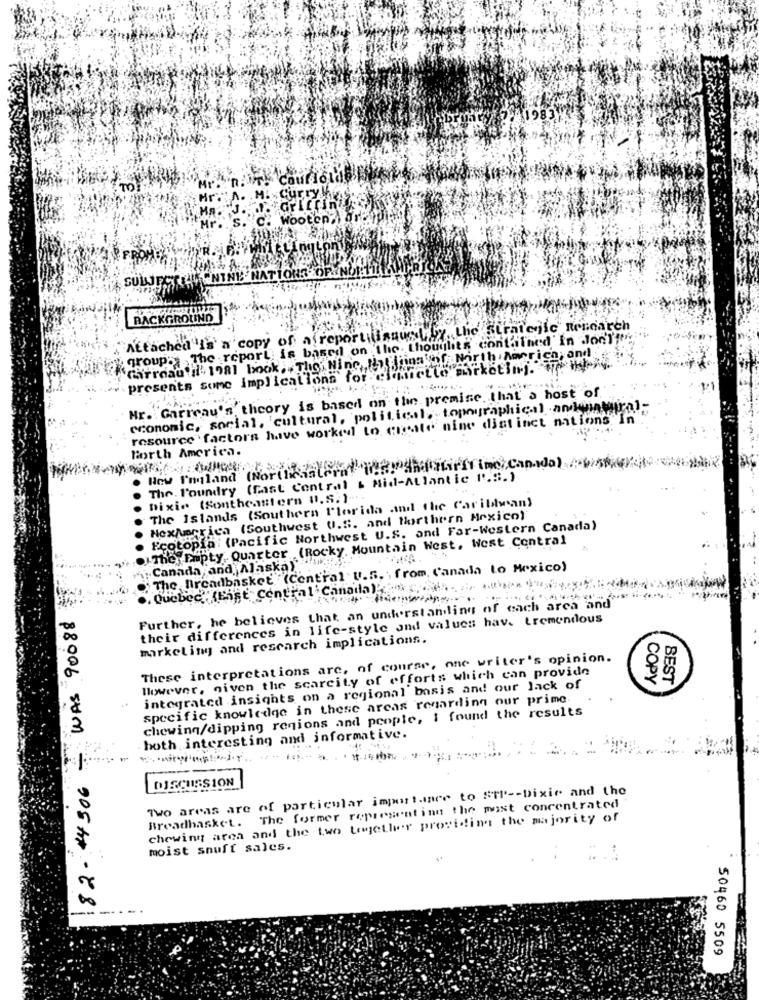
TO
SUBJECTLA "NINE NATIONS
BACKGRO
TROLIND
Attached is a copy of a reportilissued by the Stratejic Research
group> The report: is based on the Lhouilits contained'in Jon !!!
"Garraau d' 1981 book ,, The; Nine, Nhl: iing of North America; and
presents some implications for eliette marketing."
Mr. Garreau's theory is based on the premise. that a host of.
economic, social, cultural, political, topographic.] andkatural-
resource factors have worked to create nine distinct nations In
North America.
. New I'mgland (Northeastern! We! AndGirlTime Cando) AVIS
The Foundry (East Central & Mid-Atlantic P.S.)
Dixie (Southeastern U.S.)"
The Islands (Southern l'lorida and the Caribbean)
NexAmerica (Southwest U.S. and Northern Mexico)
Ecotopia: (Pacific Northwest U.S. and Far-Western Canada)
.JThe Fapty Quarter (Rocky Mountain West. West Central
- WAS 900885
.The lireadbasket (Central U.s. ; from, Canada to Mexico)
Canada and Alaska)
"".Quebec (Eist"Central Canada)
Further, he believes that an understanding of each area and
their differences in life-style and values hav. tremendous
markelit and research implications.
.O
These interpretations are, of course, one writer's opinion.
However, given the scarcity of efforts which can provide
COPY
BEST
integrated insights on a regional basis and our lack of
specific knowledge in these areas regarding our prime
chewing/dipping regions and people, I found the results
-3
hoth interesting and informative.
DISCUSSION
Two areas are of particular importance to STR -- Dixie and the
Breadbasket. The former representing the most concentrated
chewing area and the two together providing the majority of
moist snuff sales.
00
-
- 905 tr . 68
50460 5509